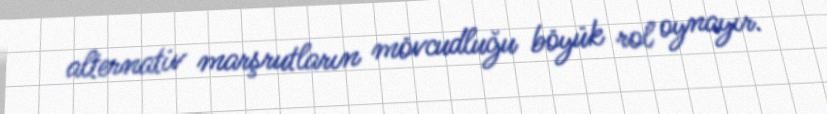
alternativ marşrutların mövcudluğu böyük rol oynayır.